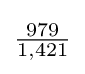
{\tfrac {979}{1,421}}